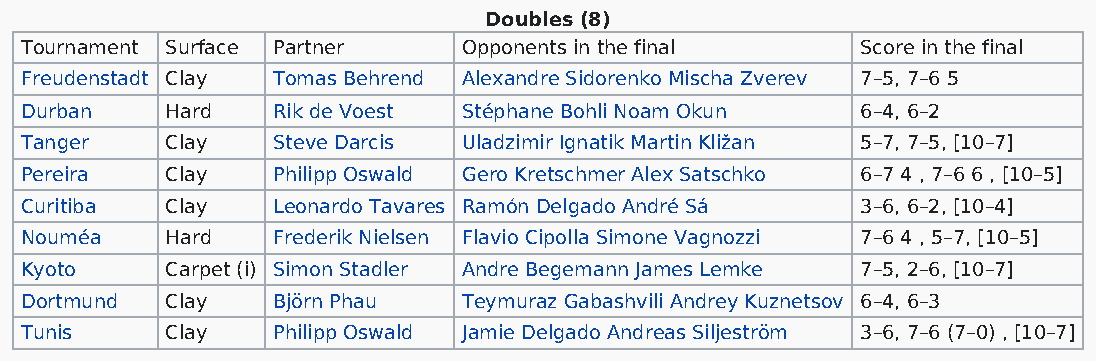
Doubles (8)
 Tournament Surface Partner    Opponents in the final    Score in the final
 Freudenstadt Clay Tomas Behrend Alexandre Sidorenko Mischa Zverev 7–5, 7–6 5
 Durban    Hard   Rik de Voest Stéphane Bohli Noam Okun  6–4, 6–2
 Tanger    Clay   Steve Darcis Uladzimir Ignatik Martin Kližan 5–7, 7–5, [10–7]
 Pereira   Clay   Philipp Oswald Gero Kretschmer Alex Satschko 6–7 4 , 7–6 6 , [10–5]
 Curitiba  Clay   Leonardo Tavares Ramón Delgado André Sá 3–6, 6–2, [10–4]
 Nouméa    Hard   Frederik Nielsen Flavio Cipolla Simone Vagnozzi 7–6 4 , 5–7, [10–5]
 Kyoto     Carpet (i) Simon Stadler Andre Begemann James Lemke 7–5, 2–6, [10–7]
 Dortmund  Clay   Björn Phau   Teymuraz Gabashvili Andrey Kuznetsov 6–4, 6–3
 Tunis     Clay   Philipp Oswald Jamie Delgado Andreas Siljeström 3–6, 7–6 (7–0) , [10–7]